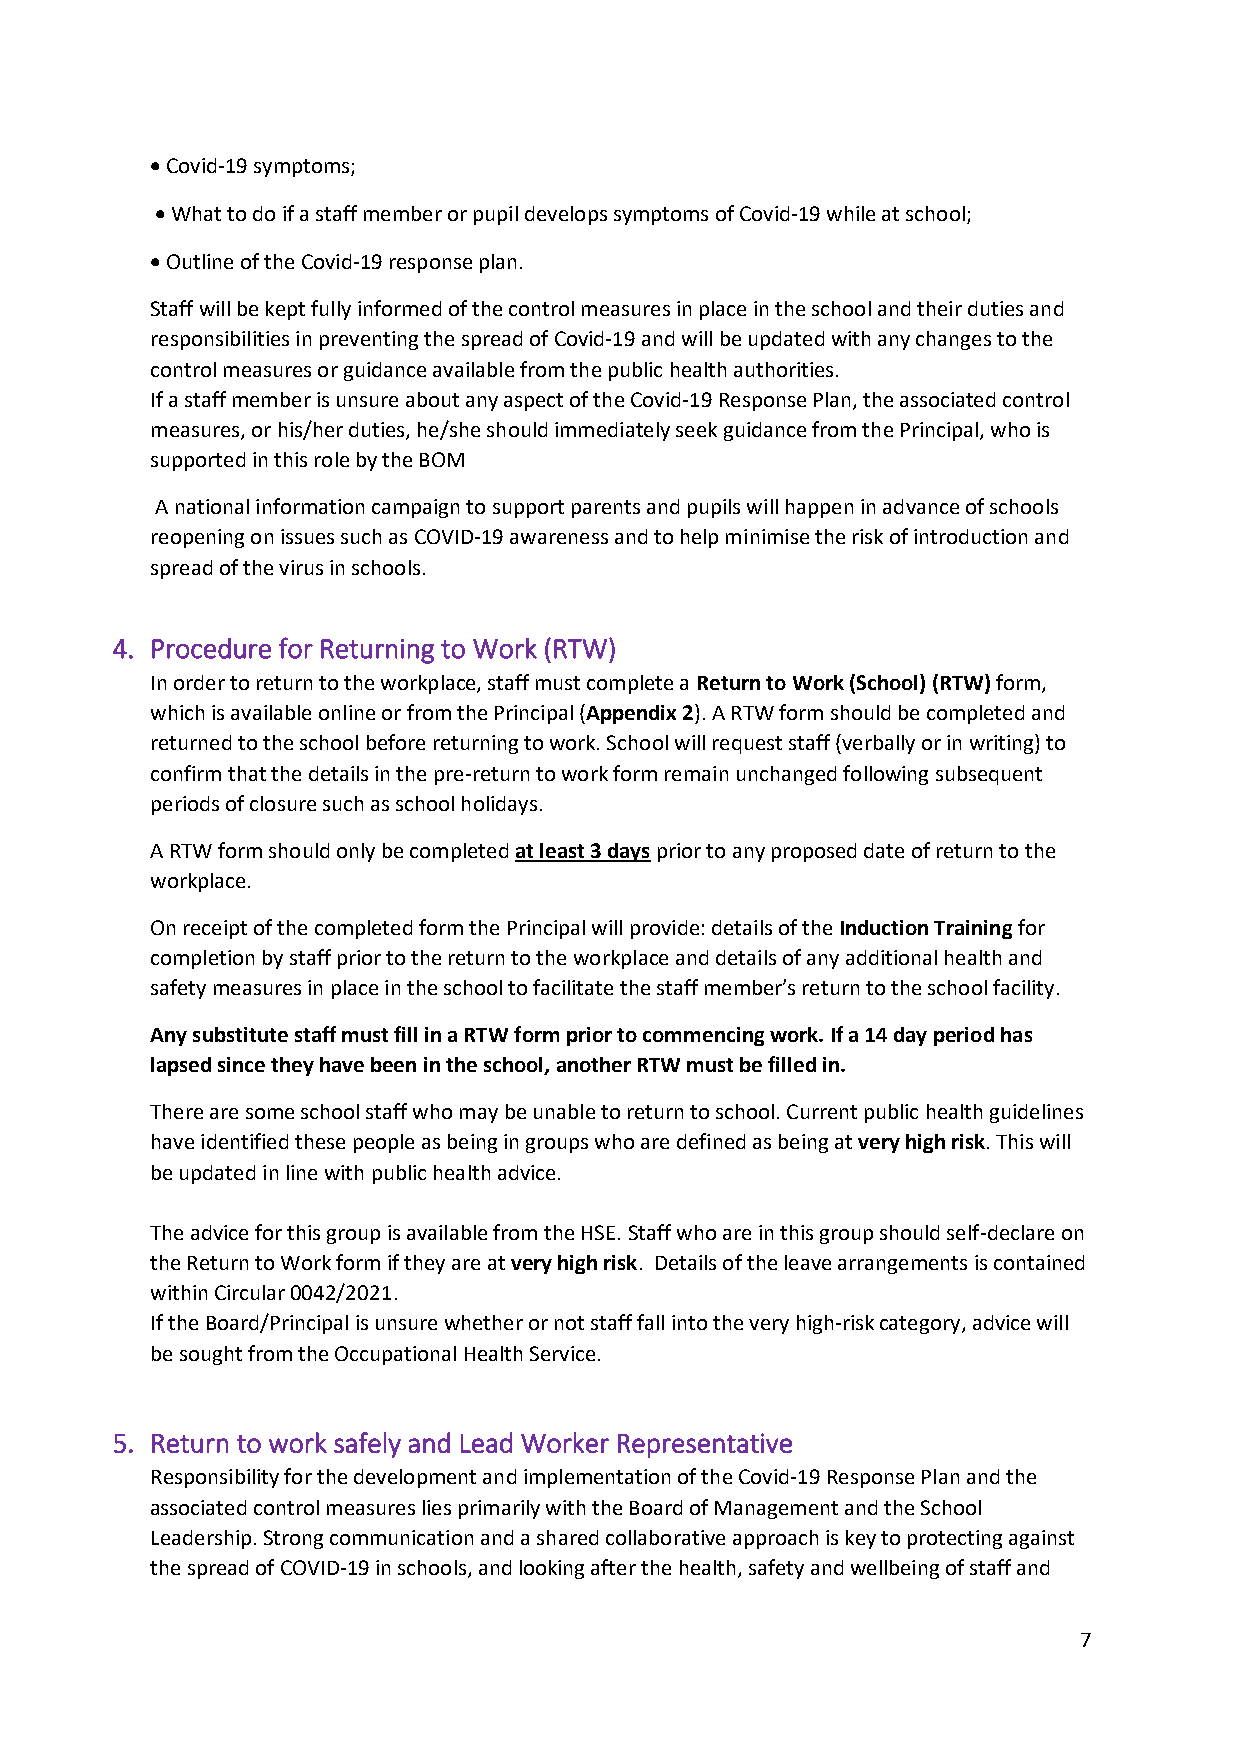
• Covid-19 symptoms;
 • What to do if a staff member or pupil develops symptoms of Covid-19 while at school;
 • Outline of the Covid-19 response plan.
 Staff will be kept fully informed of the control measures in place in the school and their duties and
 responsibilities in preventing the spread of Covid-19 and will be updated with any changes to the
 control measures or guidance available from the public health authorities.
 If a staff member is unsure about any aspect of the Covid-19 Response Plan, the associated control
 measures, or his/her duties, he/she should immediately seek guidance from the Principal, who is
 supported in this role by the BOM
 A national information campaign to support parents and pupils will happen in advance of schools
 reopening on issues such as COVID-19 awareness and to help minimise the risk of introduction and
 spread of the virus in schools.
 4. Procedure for Returning to Work (RTW)
 In order to return to the workplace, staff must complete a Return to Work (School) (RTW) form,
 which is available online or from the Principal (Appendix 2). A RTW form should be completed and
 returned to the school before returning to work. School will request staff (verbally or in writing) to
 confirm that the details in the pre-return to work form remain unchanged following subsequent
 periods of closure such as school holidays.
 A RTW form should only be completed at least 3 days prior to any proposed date of return to the
 workplace.
 On receipt of the completed form the Principal will provide: details of the Induction Training for
 completion by staff prior to the return to the workplace and details of any additional health and
 safety measures in place in the school to facilitate the staff member’s return to the school facility.
 Any substitute staff must fill in a RTW form prior to commencing work. If a 14 day period has
 lapsed since they have been in the school, another RTW must be filled in.
 There are some school staff who may be unable to return to school. Current public health guidelines
 have identified these people as being in groups who are defined as being at very high risk. This will
 be updated in line with public health advice.
 The advice for this group is available from the HSE. Staff who are in this group should self-declare on
 the Return to Work form if they are at very high risk. Details of the leave arrangements is contained
 within Circular 0042/2021.
 If the Board/Principal is unsure whether or not staff fall into the very high-risk category, advice will
 be sought from the Occupational Health Service.
 5. Return to work safely and Lead Worker Representative
 Responsibility for the development and implementation of the Covid-19 Response Plan and the
 associated control measures lies primarily with the Board of Management and the School
 Leadership. Strong communication and a shared collaborative approach is key to protecting against
 the spread of COVID-19 in schools, and looking after the health, safety and wellbeing of staff and
 7